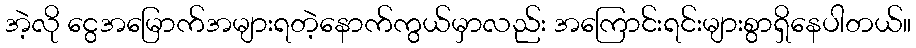
အဲ့လို ငွေအမြောက်အများရတဲ့နောက်ကွယ်မှာလည်း အကြောင်းရင်းများစွာရှိနေပါတယ်။